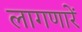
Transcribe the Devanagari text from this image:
लागणारें